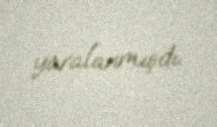
yaralanmışdı.